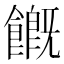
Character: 𩞊